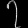
Digit: ၇